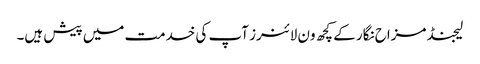
لیجنڈ مزاح نگار کے کچھ ون لائنرز آپ کی خدمت میں پیش ہیں۔